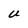
Character: U